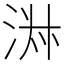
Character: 㳤